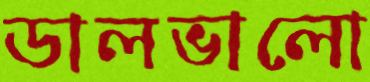
ডালভালো